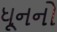
ધૂનનો